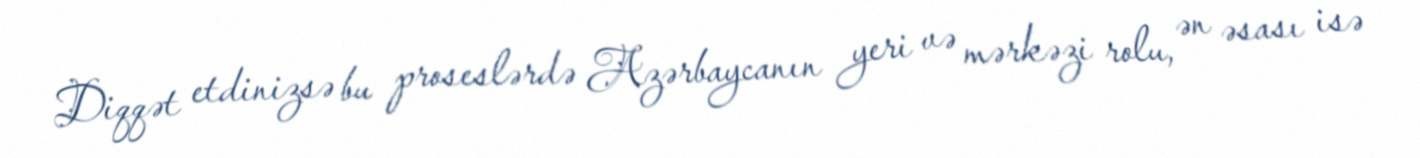
Diqqət etdinizsə bu proseslərdə Azərbaycanın yeri və mərkəzi rolu, ən əsası isə